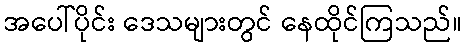
အပေါ်ပိုင်း ဒေသများတွင် နေထိုင်ကြသည်။